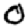
Digit: 0